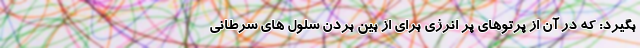
بگیرد: که در آن از پرتوهای پر انرژی برای از بین بردن سلول های سرطانی